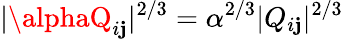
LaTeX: |\alphaQ_{i\mathbf{j}}|^{2/3}=\alpha^{2/3}|Q_{i\mathbf{j}}|^{2/3}